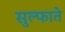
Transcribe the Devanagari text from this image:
सुल्फाते